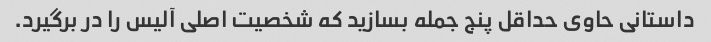
داستانی حاوی حداقل پنج جمله بسازید که شخصیت اصلی آلیس را در برگیرد.